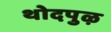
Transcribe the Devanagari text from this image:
थोदपुऴ